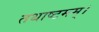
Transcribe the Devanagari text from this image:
तथाष्टमम्।